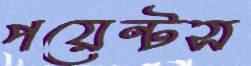
পয়েন্টস